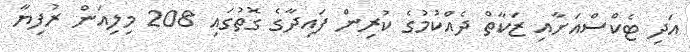
އަދި ޓެކްސްއަށާއި ޒަކާތް ދެއްކުމުގެ ކުރިން ފައިދާގެ ގޮތުގައި 208 މިލިއަން ރުފިޔާ